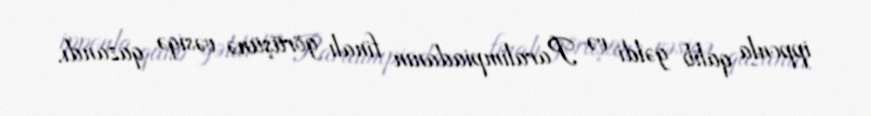
ipponla qalib gəldi və Paralimpiadanın finalı görüşünə vəsiqə qazandı.